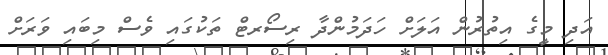
އަދި މީގެ އިތުރުން އަލަށް ހަދަމުންދާ ރިސޯރޓް ތަކުގައި ވެސް މިބައި ވަރަށް